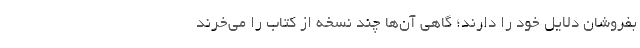
بفروشان دلایل خود را دارند؛ گاهی آن‌ها چند نسخه از کتاب را می‌خرند